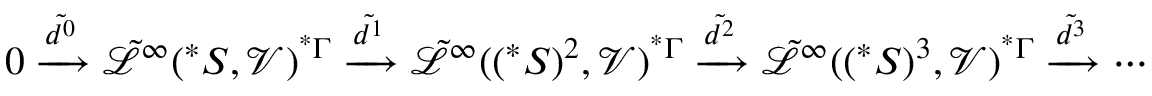
0 \xrightarrow { \tilde { d ^ { 0 } } } \tilde { \mathcal { L } } ^ { \infty } ( ^ { * } S , \mathcal { V } ) ^ { ^ { * } \Gamma } \xrightarrow { \tilde { d ^ { 1 } } } \tilde { \mathcal { L } } ^ { \infty } ( ( ^ { * } S ) ^ { 2 } , \mathcal { V } ) ^ { ^ { * } \Gamma } \xrightarrow { \tilde { d ^ { 2 } } } \tilde { \mathcal { L } } ^ { \infty } ( ( ^ { * } S ) ^ { 3 } , \mathcal { V } ) ^ { ^ { * } \Gamma } \xrightarrow { \tilde { d ^ { 3 } } } \cdots